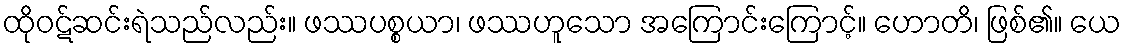
ထိုဝဋ်ဆင်းရဲသည်လည်း။ ဖဿပစ္စယာ၊ ဖဿဟူသော အကြောင်းကြောင့်။ ဟောတိ၊ ဖြစ်၏။ ယေ